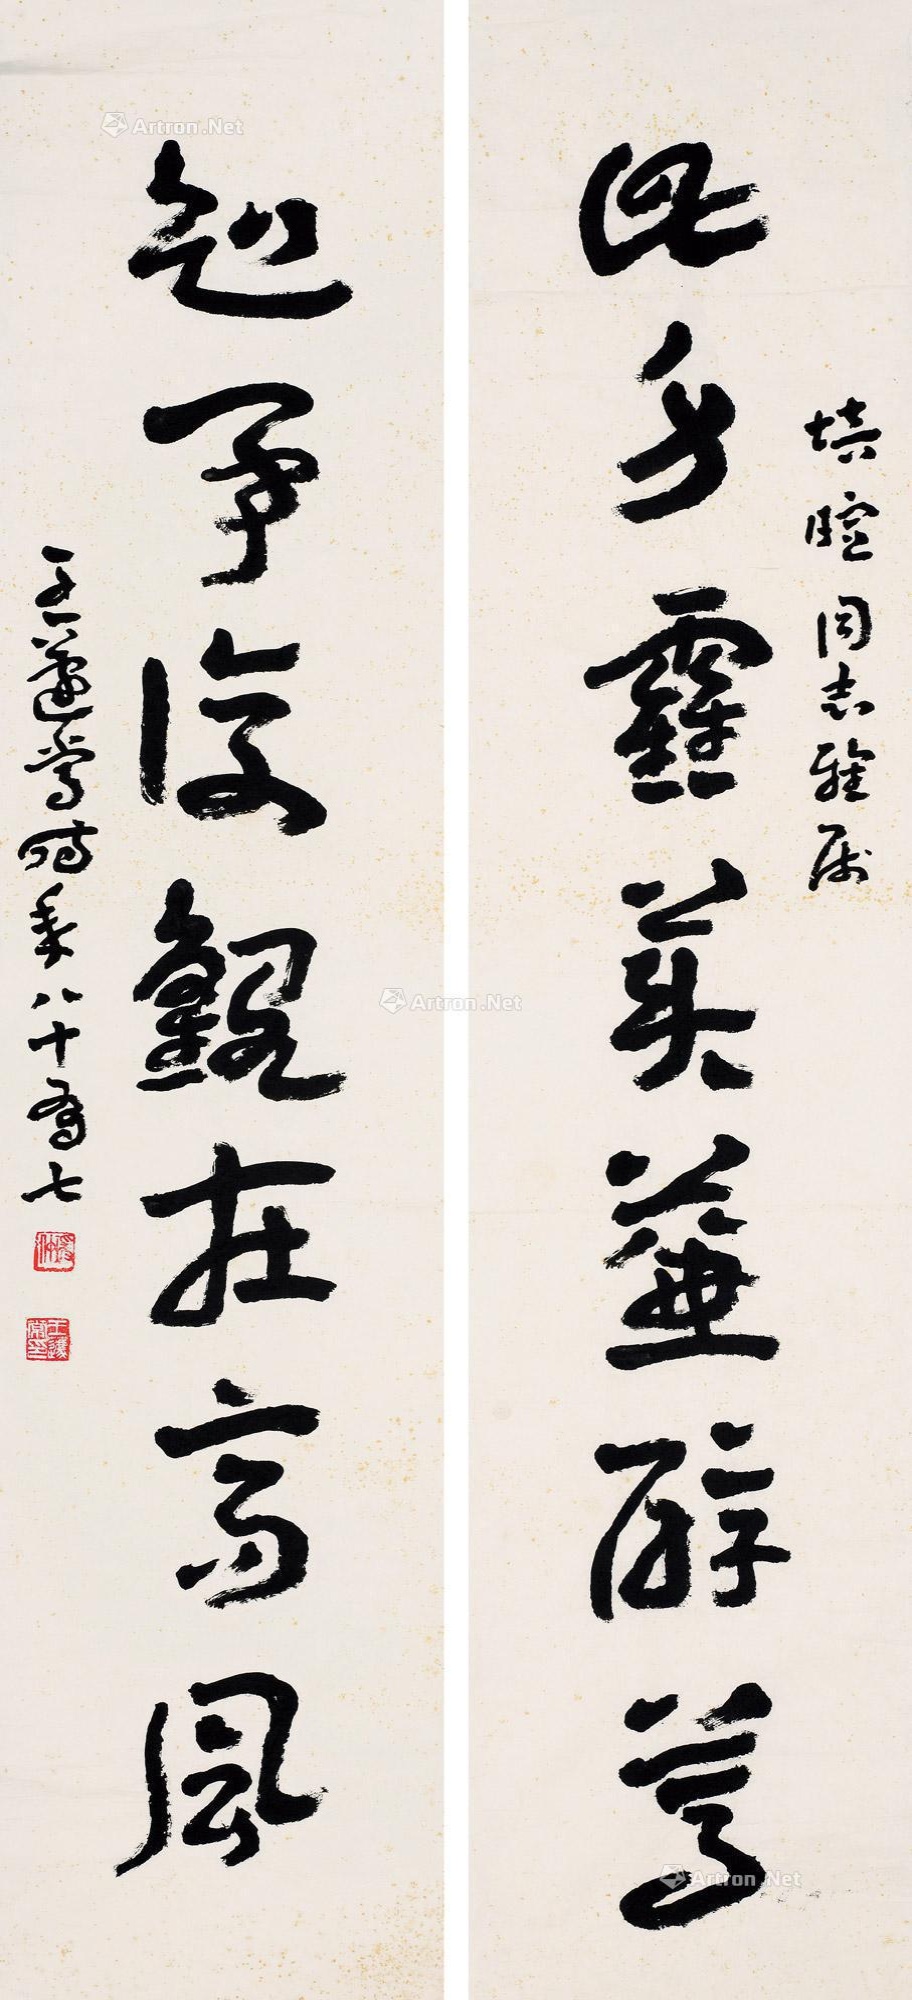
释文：此身■美兼醇笃，知事复观在高风。培暄同志雅属，王蘧常时年八十有七。